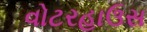
વોટરહાઉસ